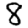
Digit: 8